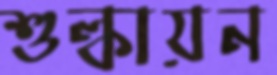
শুল্কায়ন